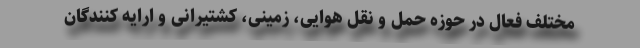
مختلف فعال در حوزه حمل و نقل هوایی، زمینی، کشتیرانی و ارایه کنندگان